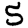
Digit: 5